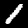
Label: 1